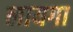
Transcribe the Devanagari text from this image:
लायगा